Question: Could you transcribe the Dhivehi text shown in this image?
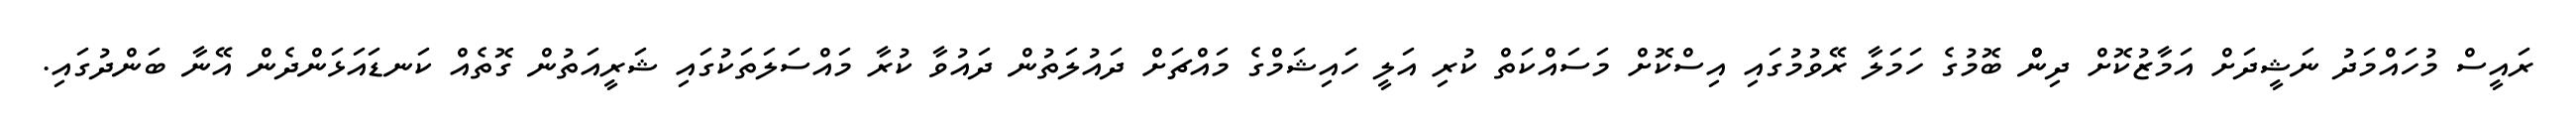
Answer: ރައީސް މުހައްމަދު ނަޝީދަށް އަމާޒުކޮށް ދިންް ބޮމުގެ ހަމަލާ ރޭވުމުގައި އިސްކޮށް މަސައްކަތް ކުރި އަލީ ހައިޝަމްގެ މައްޗަށް ދައުލަތުން ދައުވާ ކުރާ މައްސަލަތަކުގައި ޝަރީއަތުން ގޮތެއް ކަނޑައަޅަންދެން އޭނާ ބަންދުގައި.